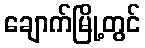
ချောက်မြို့တွင်